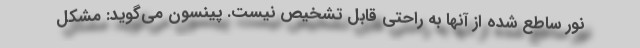
نور ساطع شده از آنها به راحتی قابل تشخیص نیست. پینسون می‌گوید: مشکل